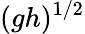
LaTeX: (gh)^{1/2}